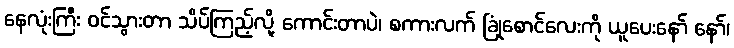
နေလုံးကြီး ဝင်သွားတာ သိပ်ကြည့်လို့ ကောင်းတာပဲ၊ စကားလက် ခြုံစောင်လေးကို ယူပေးနော် နော်၊